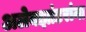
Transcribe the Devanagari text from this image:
अलेक्झांडरांना